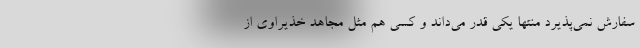
سفارش نمی‌پذیرد منتها یکی قدر می‌داند و کسی هم مثل مجاهد خذیراوی از